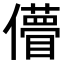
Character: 𠐧